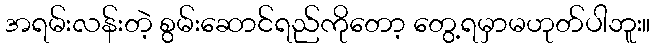
အရမ်းလန်းတဲ့ စွမ်းဆောင်ရည်ကိုတော့ တွေ့ရမှာမဟုတ်ပါဘူး။